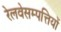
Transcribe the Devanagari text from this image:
रेलवेसम्पत्तियों